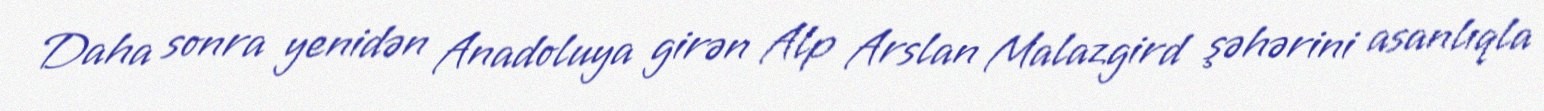
Daha sonra yenidən Anadoluya girən Alp Arslan Malazgird şəhərini asanlıqla